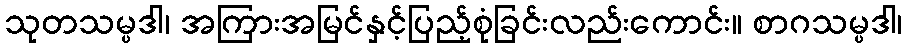
သုတသမ္ပဒါ၊ အကြားအမြင်နှင့်ပြည့်စုံခြင်းလည်းကောင်း။ စာဂသမ္ပဒါ၊